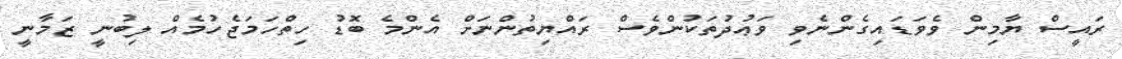
ރައީސް ޔާމިން ވެވަޑައިގެންނެވި ވަޢުދުތަކުންވެސް ރައްޔިތުންނަށް އެންމެ ބޮޑު ހިތްހަމަޖެހުމެއް ލިބުނީ ޒަމާނީ